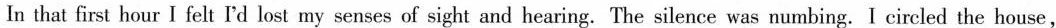
In that first hour I felt I'd lost my senses of sight and hearing. The silence was numbing. I circled the house,